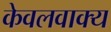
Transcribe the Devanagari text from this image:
केवलवाक्य